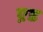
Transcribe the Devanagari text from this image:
ए़ड